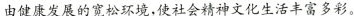
由健康发展的宽松环境,使社会精神文化生活丰富多彩